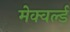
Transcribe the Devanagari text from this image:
मेक्वर्ल्ड